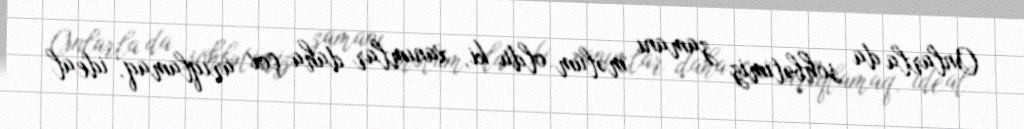
Onlarla da söhbətimiz zamanı məlum oldu ki, xanımlar daha çox arıqlamaq, ideal